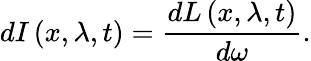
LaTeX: dI\left(x,\lambda,t\right)=\frac{dL\left(x,\lambda,t\right)}{d\omega}.